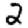
Digit: 2